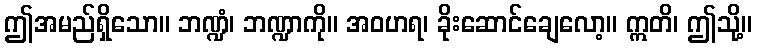
ဤအမည်ရှိသော။ ဘဏ္ဍံ၊ ဘဏ္ဍာကို။ အဝဟရ၊ ခိုးဆောင်ချေလော့။ ဣတိ၊ ဤသို့။